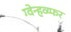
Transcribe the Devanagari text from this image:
ग्वेन्हव्य्फर